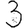
Digit: 3